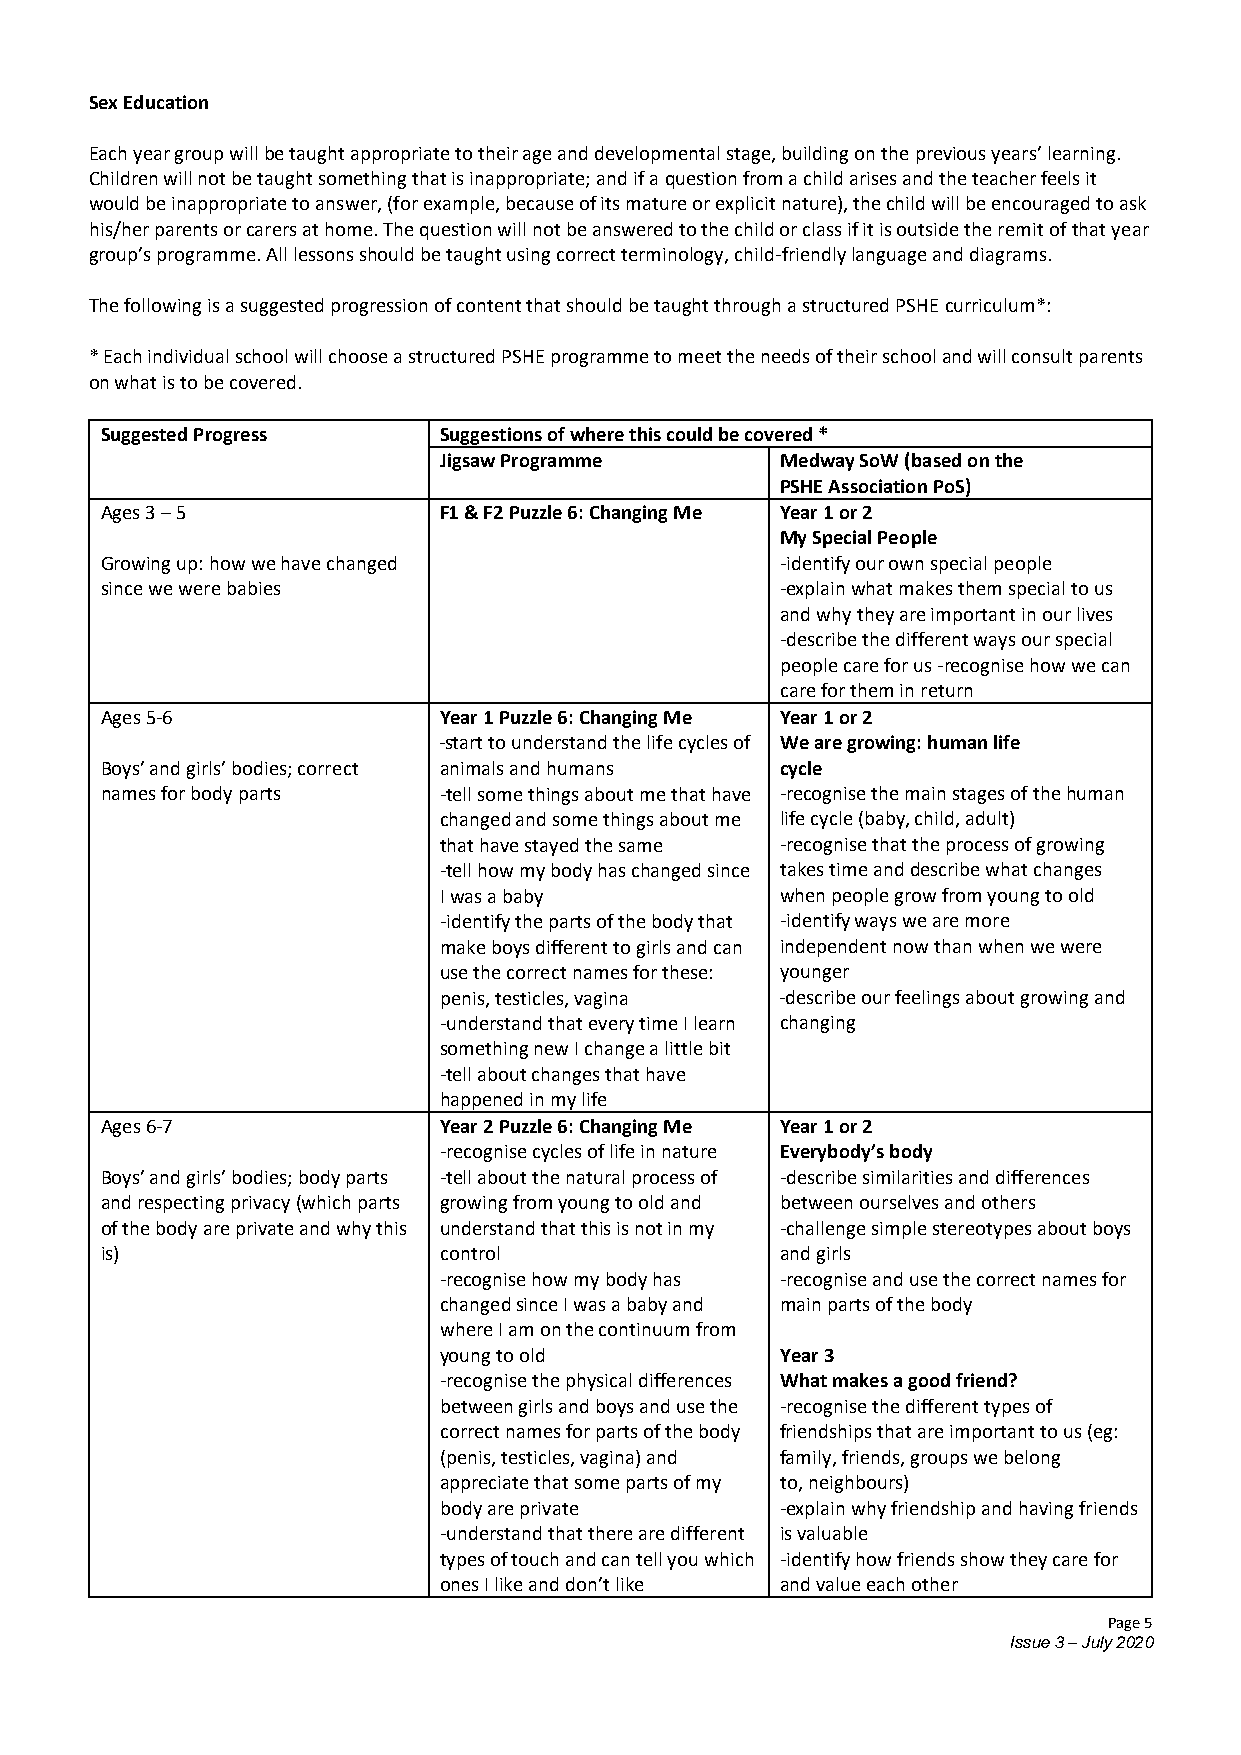
Sex Education
 Each year group will be taught appropriate to their age and developmental stage, building on the previous years’ learning.
 Children will not be taught something that is inappropriate; and if a question from a child arises and the teacher feels it
 would be inappropriate to answer, (for example, because of its mature or explicit nature), the child will be encouraged to ask
 his/her parents or carers at home. The question will not be answered to the child or class if it is outside the remit of that year
 group’s programme. All lessons should be taught using correct terminology, child-friendly language and diagrams.
 The following is a suggested progression of content that should be taught through a structured PSHE curriculum*:
 * Each individual school will choose a structured PSHE programme to meet the needs of their school and will consult parents
 on what is to be covered.
 Suggested Progress    Suggestions of where this could be covered *
 Jigsaw Programme       Medway SoW (based on the
 PSHE Association PoS)
 Ages 3 – 5            F1 & F2 Puzzle 6: Changing Me Year 1 or 2
 My Special People
 Growing up: how we have changed              -identify our own special people
 since we were babies                         -explain what makes them special to us
 and why they are important in our lives
 -describe the different ways our special
 people care for us -recognise how we can
 care for them in return
 Ages 5-6              Year 1 Puzzle 6: Changing Me Year 1 or 2
 -start to understand the life cycles of We are growing: human life
 Boys’ and girls’ bodies; correct animals and humans cycle
 names for body parts  -tell some things about me that have -recognise the main stages of the human
 changed and some things about me life cycle (baby, child, adult)
 that have stayed the same -recognise that the process of growing
 -tell how my body has changed since takes time and describe what changes
 I was a baby           when people grow from young to old
 -identify the parts of the body that -identify ways we are more
 make boys different to girls and can independent now than when we were
 use the correct names for these: younger
 penis, testicles, vagina -describe our feelings about growing and
 -understand that every time I learn changing
 something new I change a little bit
 -tell about changes that have
 happened in my life
 Ages 6-7              Year 2 Puzzle 6: Changing Me Year 1 or 2
 -recognise cycles of life in nature Everybody’s body
 Boys’ and girls’ bodies; body parts -tell about the natural process of -describe similarities and differences
 and respecting privacy (which parts growing from young to old and between ourselves and others
 of the body are private and why this understand that this is not in my -challenge simple stereotypes about boys
 is)                   control                and girls
 -recognise how my body has -recognise and use the correct names for
 changed since I was a baby and main parts of the body
 where I am on the continuum from
 young to old           Year 3
 -recognise the physical differences What makes a good friend?
 between girls and boys and use the -recognise the different types of
 correct names for parts of the body friendships that are important to us (eg:
 (penis, testicles, vagina) and family, friends, groups we belong
 appreciate that some parts of my to, neighbours)
 body are private       -explain why friendship and having friends
 -understand that there are different is valuable
 types of touch and can tell you which -identify how friends show they care for
 ones I like and don’t like and value each other
 Page 5
 Issue 3 – July 2020